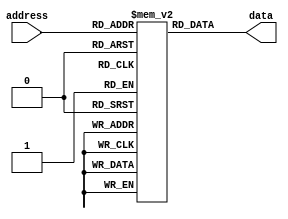
module rom (
    input wire [3:0] address,
    output reg [7:0] data
);

reg [7:0] mem [15:0]; // Define memory storage for 16 data values

initial begin
    // Initialize ROM data values
    mem[0]  = 8'hFF;
    mem[1]  = 8'hAA;
    // Add more data values as needed for your design
    
end

always @* begin
    // Read data from ROM based on address input
    data = mem[address];
end

endmodule